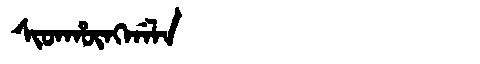
Manchu: ᠰᡳᡨᡥᡡᠩᡤᠠᠯᠠ
Romanization: SITHŪNGGALA